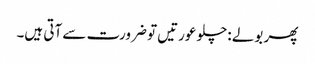
پھر بولے :چلو عورتیں تو ضرورت سے آتی ہیں۔